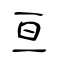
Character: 亘